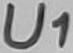
Text: U1